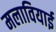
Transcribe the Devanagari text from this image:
मलावियाई